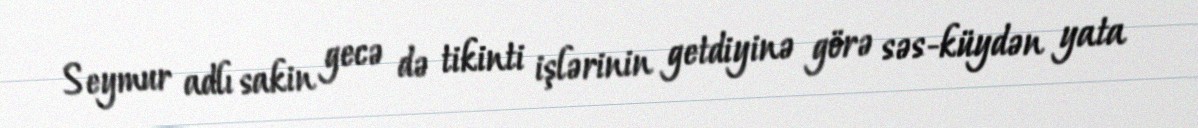
Seymur adlı sakin gecə də tikinti işlərinin getdiyinə görə səs-küydən yata